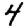
Digit: 4